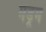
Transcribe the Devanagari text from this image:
मेंड्रम